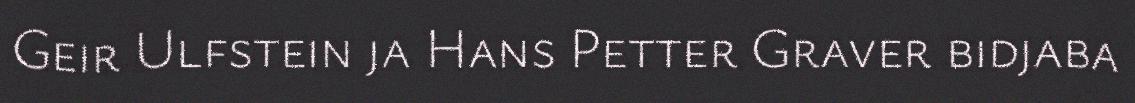
Geir Ulfstein ja Hans Petter Graver bidjaba